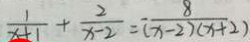
\frac { 1 } { x + 1 } + \frac { 2 } { x - 2 } = \frac { 8 } { ( x - 2 ) ( x + 2 ) }